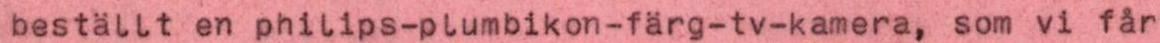
beställt en philips-plumbikon-färg-tv-kamera, som vi får